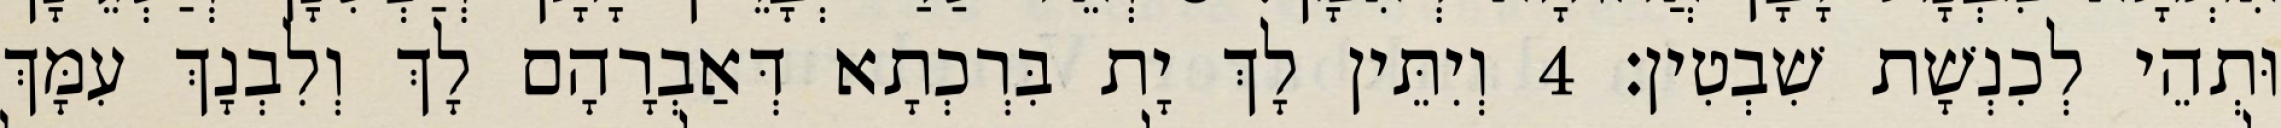
וּתְהֵי לְכִנְשָׁת שִׁבְטִין׃ 4 וְיִתֵּין לָךְ יָת בִּרְכְתָא דְּאַבְרָהָם לָךְ וְלִבְנָךְ עִמָּךְ